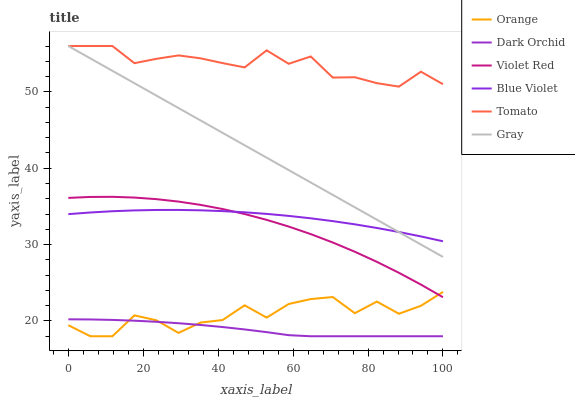
| xaxis_label | Orange | Dark Orchid | Violet Red | Blue Violet | Tomato | Gray |
 | --- | --- | --- | --- | --- | --- | --- |
 | 0 | 19.4 | 20.2 | 36.1 | 34 | 56 | 56 |
 | 5.88 | 18 | 20.2 | 36.2 | 34.2 | 56 | 54.4 |
 | 11.8 | 18 | 20.1 | 36.3 | 34.4 | 56 | 52.8 |
 | 17.6 | 20.7 | 20 | 36.2 | 34.5 | 53.8 | 51.1 |
 | 23.5 | 20.1 | 19.9 | 35.9 | 34.5 | 54.3 | 49.5 |
 | 29.4 | 18.4 | 19.7 | 35.6 | 34.5 | 54.8 | 47.9 |
 | 35.3 | 19.8 | 19.5 | 35.2 | 34.5 | 54.4 | 46.3 |
 | 41.2 | 20.1 | 19.2 | 34.7 | 34.4 | 53.8 | 44.6 |
 | 47.1 | 22 | 18.9 | 34 | 34.2 | 53.2 | 43 |
 | 52.9 | 20.4 | 18.5 | 33.2 | 34 | 55.4 | 41.4 |
 | 58.8 | 22.2 | 18.1 | 32.4 | 33.8 | 53.7 | 39.8 |
 | 64.7 | 22.9 | 18 | 31.4 | 33.4 | 54.6 | 38.1 |
 | 70.6 | 23.1 | 18 | 30.3 | 33.1 | 51.9 | 36.5 |
 | 76.5 | 21 | 18 | 29.1 | 32.7 | 51.9 | 34.9 |
 | 82.4 | 22.5 | 18 | 27.7 | 32.2 | 51.1 | 33.3 |
 | 88.2 | 20.9 | 18 | 26.3 | 31.6 | 50.7 | 31.6 |
 | 94.1 | 22 | 18 | 24.8 | 31.1 | 52.6 | 30 |
 | 100 | 23.8 | 18 | 23.1 | 30.4 | 51 | 28.4 |